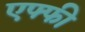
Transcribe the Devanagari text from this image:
एफ्फी